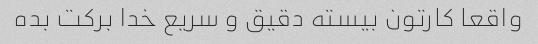
واقعا کارتون بیسته دقیق و سریع خدا برکت بده